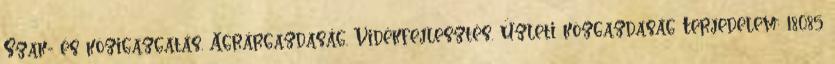
Szak- és közigazgatás. Agrárgazdaság. Vidékfejlesztés. Üzleti közgazdaság Terjedelem: 18085